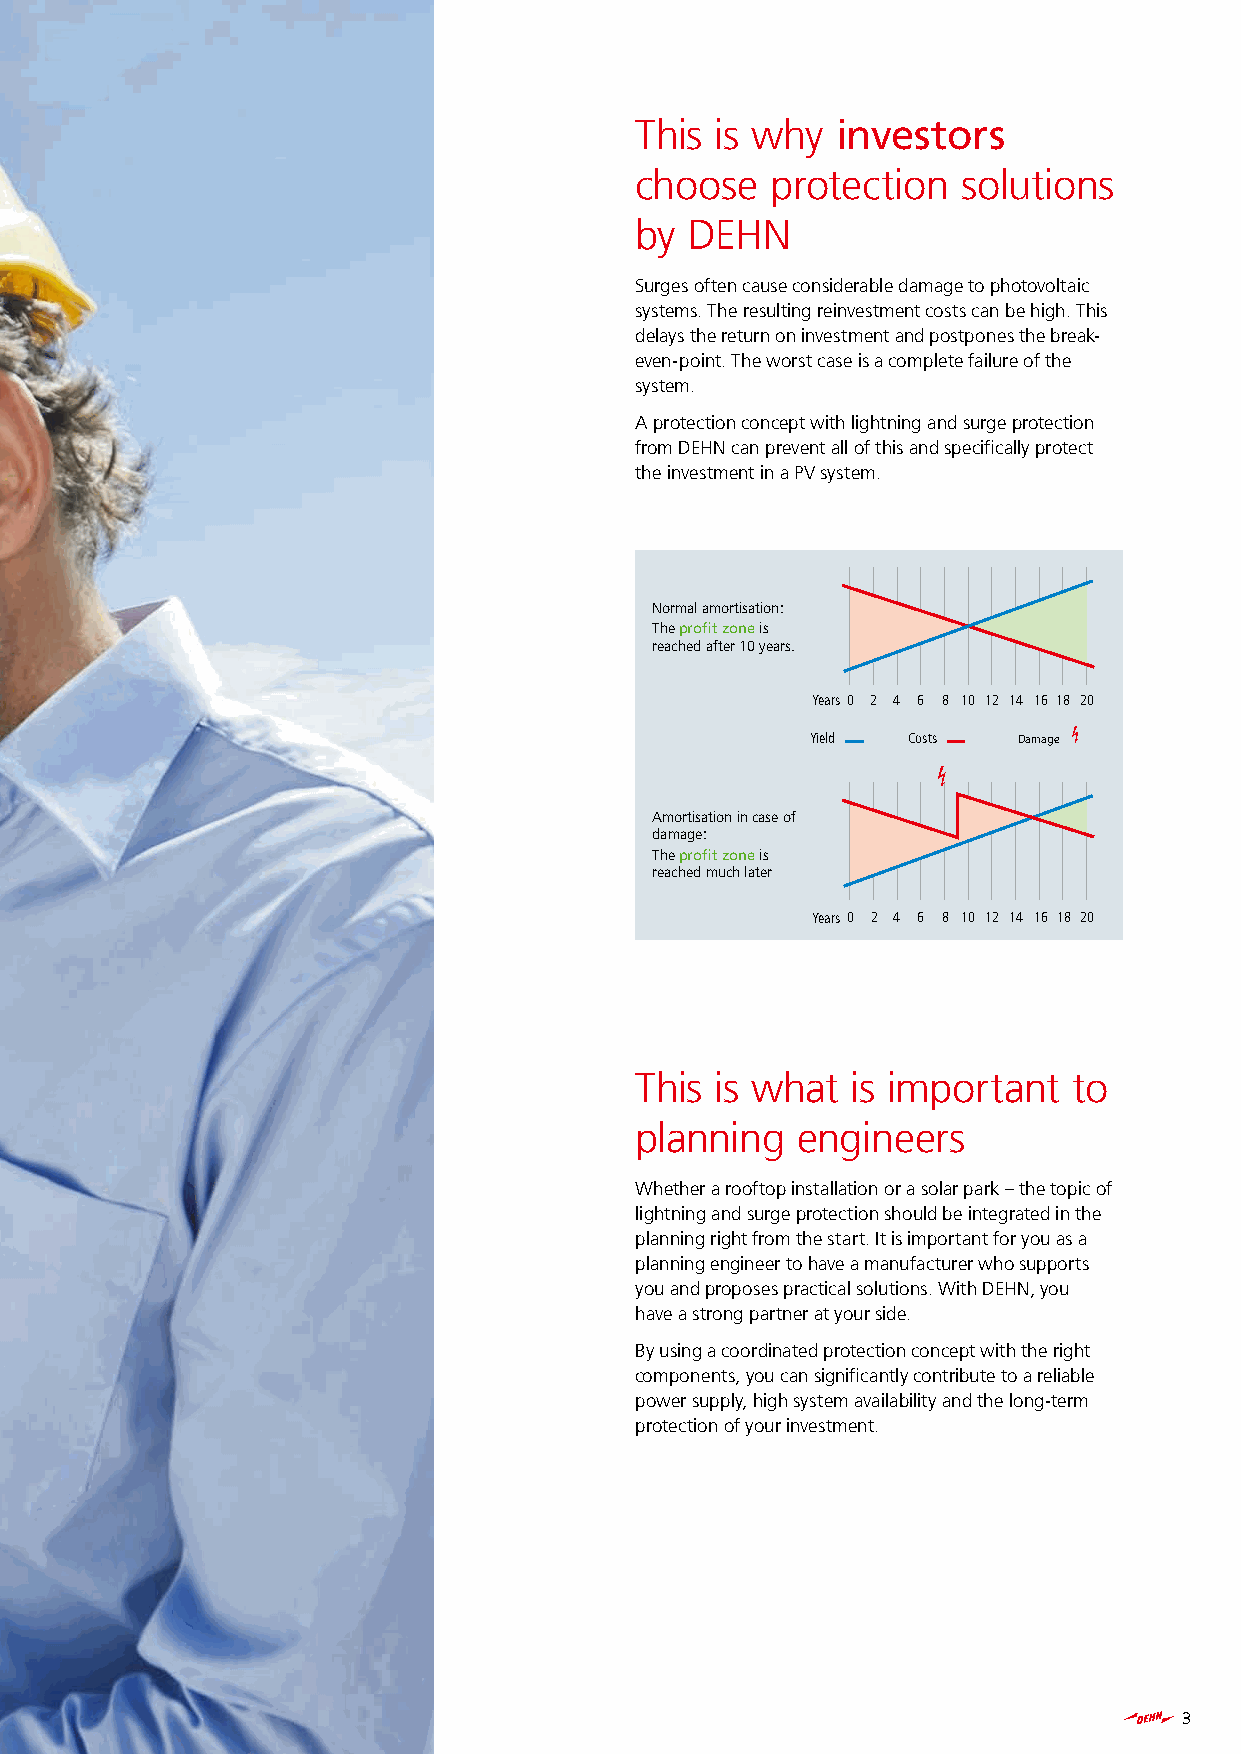
This is why  investors
 choose   protection   solutions
 by  DEHN
 Surges often cause considerable damage to photovoltaic
 systems. The resulting reinvestment costs can be high. This
 delays the return on investment and postpones the break-
 even-point. The worst case is a complete failure of the
 system.
 A protection concept with lightning and surge protection
 from DEHN can prevent all of this and specifically protect
 the investment in a PV system.
 Normal amortisation:
 The profit zone is
 reached after 10 years.
 Years 0 2 4 6 8 10 12 14 16 18 20
 Yield Costs  Damage 7
 7
 Amortisation in case of
 damage:
 The profit zone is
 reached much later
 Years 0 2 4 6 8 10 12 14 16 18 20
 This is what  is important   to
 planning   engineers
 Whether a rooftop installation or a solar park – the topic of
 lightning and surge protection should be integrated in the
 planning right from the start. It is important for you as a
 planning engineer to have a manufacturer who supports
 you and proposes practical solutions. With DEHN, you
 have a strong partner at your side.
 By using a coordinated protection concept with the right
 components, you can significantly contribute to a reliable
 power supply, high system availability and the long-term
 protection of your investment.
 3